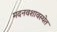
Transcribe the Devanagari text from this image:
मदनवशावस्थेत